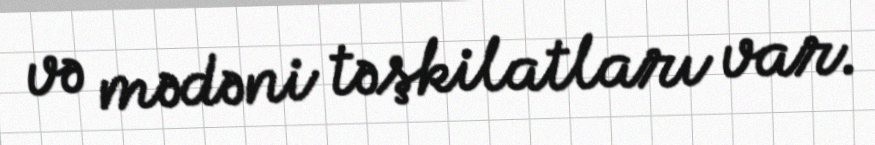
və mədəni təşkilatları var.